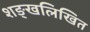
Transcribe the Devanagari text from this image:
शङ्खलिखित